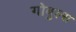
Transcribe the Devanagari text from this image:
गोबुल्स